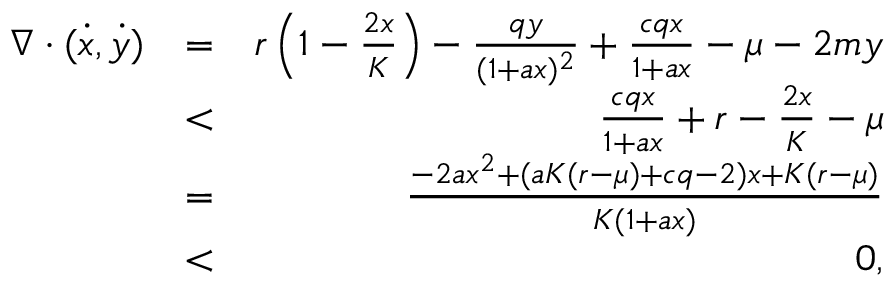
\begin{array} { r l r } { \nabla \cdot ( \dot { x } , \dot { y } ) } & { = } & { r \left( 1 - \frac { 2 x } { K } \right) - \frac { q y } { ( 1 + a x ) ^ { 2 } } + \frac { c q x } { 1 + a x } - \mu - 2 m y } \\ & { < } & { \frac { c q x } { 1 + a x } + r - \frac { 2 x } { K } - \mu } \\ & { = } & { \frac { - 2 a x ^ { 2 } + ( a K ( r - \mu ) + c q - 2 ) x + K ( r - \mu ) } { K ( 1 + a x ) } } \\ & { < } & { 0 , } \end{array}